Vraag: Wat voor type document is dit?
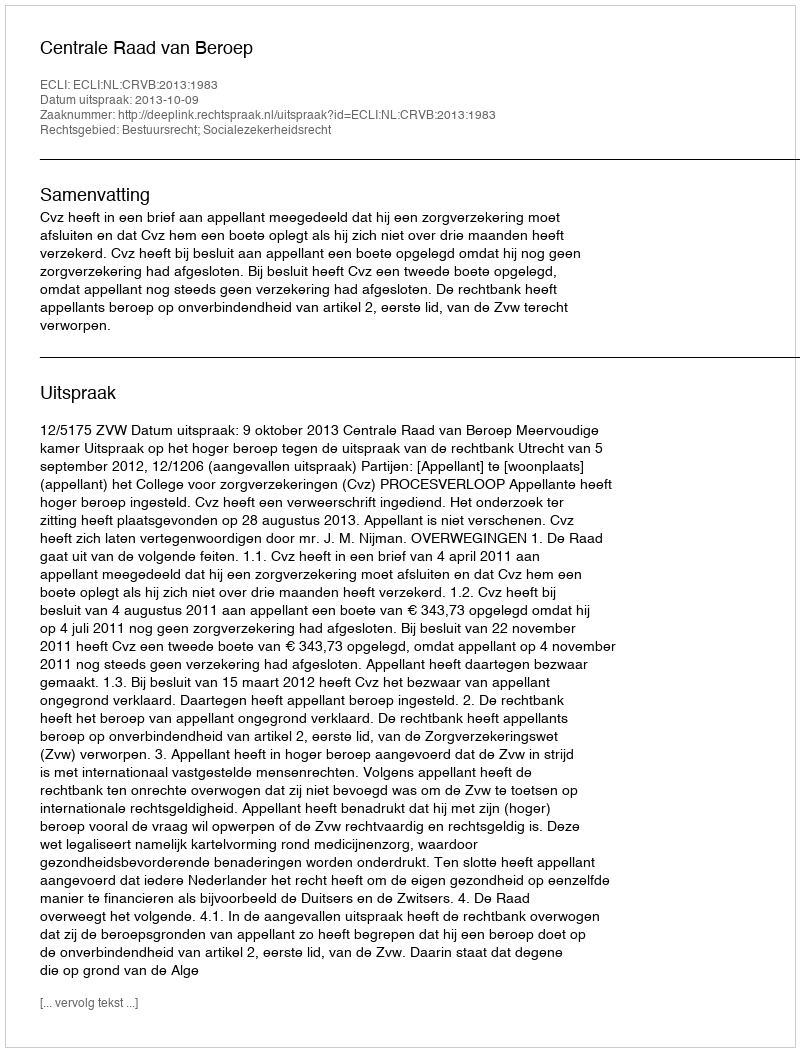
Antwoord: Uitspraak